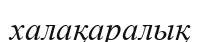
халақаралық